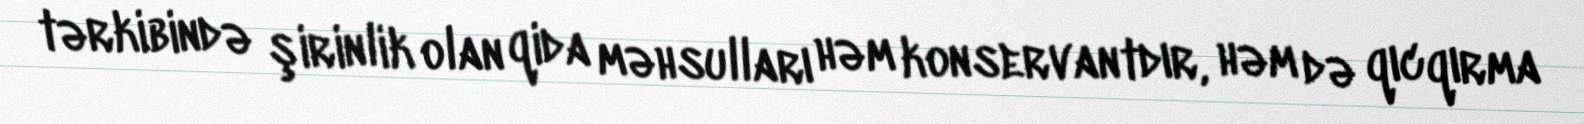
tərkibində şirinlik olan qida məhsulları həm konservantdır, həm də qıcqırma